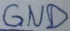
Text: GND